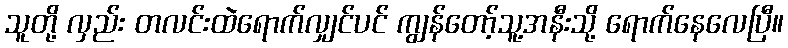
သူတို့ လှည်း တလင်းထဲရောက်လျှင်ပင် ကျွန်တော့်သူ့အနီးသို့ ရောက်နေလေပြီ။